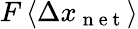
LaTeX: F\left\langle\Delta x_{\mathrm{~n~e~t~}}\right\rangle